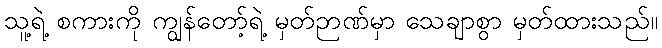
သူ့ရဲ့ စကားကို ကျွန်တော့်ရဲ့ မှတ်ဉာဏ်မှာ သေချာစွာ မှတ်ထားသည်။